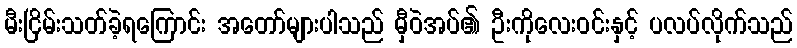
မီးငြိမ်းသတ်ခဲ့ရကြောင်း အတော်များပါသည် မှီဝဲအပ်၏ ဦးကိုလေးဝင်းနှင့် ပလပ်လိုက်သည်